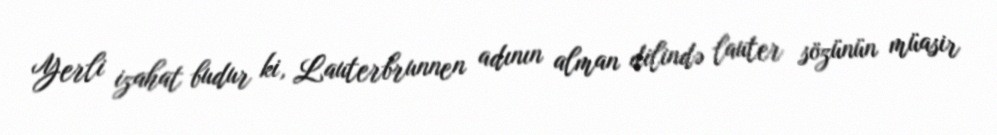
Yerli izahat budur ki, Lauterbrunnen adının alman dilində lauter sözünün müasir